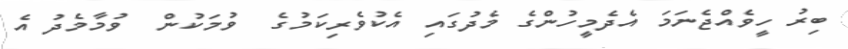
ބިރު ހީވެއްޖެނަމަ އެދެމީހުންގެ މެދުގައި އެކުވެރިކަމުގެ  ވުމަކުން  ވުމާމެދު އެ